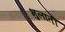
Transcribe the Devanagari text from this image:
भुलाती